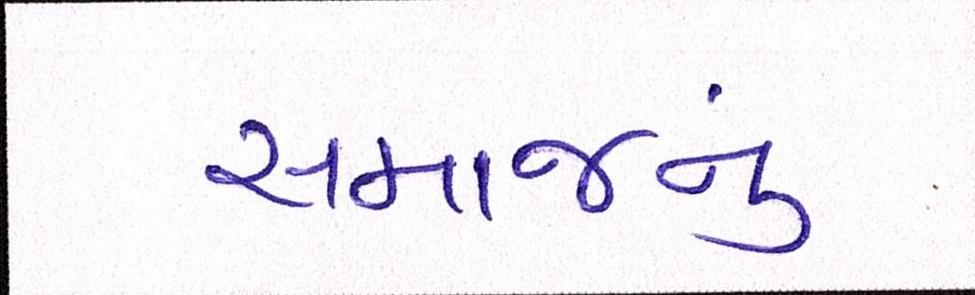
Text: સમાજનું